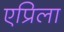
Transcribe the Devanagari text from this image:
एप्रिला